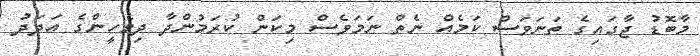
މާބޮޑު ޖާގައިގެ ތަނަވަސް ކަމެއް ނެތް ނަމަވެސް މިކަން ކުރަމުންދާ ދިވެހީންގެ އަދަދު